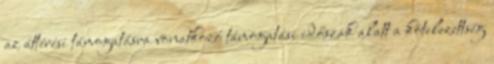
az áttérési támogatásra vonatkozó támogatási időszak alatt a kötelezettség